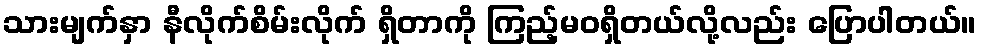
သားမျက်နှာ နီလိုက်စိမ်းလိုက် ရှိတာကို ကြည့်မဝရှိတယ်လို့လည်း ပြောပါတယ်။